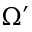
\Omega ^ { \prime }